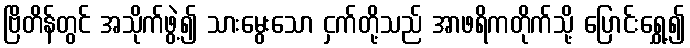
ဗြိတိန်တွင် အသိုက်ဖွဲ့၍ သားမွေးသော ငှက်တို့သည် အာဖရိကတိုက်သို့ ပြောင်းရွှေ့၍